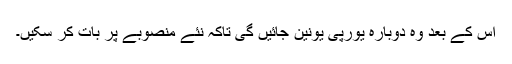
اس کے بعد وہ دوبارہ یورپی یونین جائیں گی تاکہ نئے منصوبے پر بات کر سکیں۔